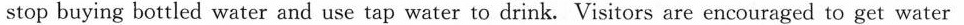
stop buying bottled water and use tap water to drink. Visitors are encouraged to get water